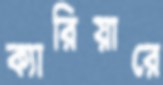
ক্যারিয়ারে